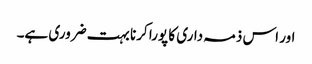
اور اس ذمہ داری کا پورا کرنا بہت ضروری ہے۔